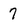
Character: 7